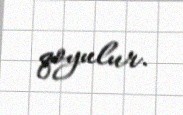
qoyulur.